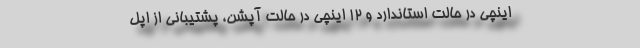
اینچی در حالت استاندارد و 12 اینچی در حالت آپشن، پشتیبانی از اپل